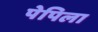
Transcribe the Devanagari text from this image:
पेपिला